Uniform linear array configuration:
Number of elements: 24
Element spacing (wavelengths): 0.5
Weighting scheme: hamming
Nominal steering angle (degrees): -45
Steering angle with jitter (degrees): -43.829
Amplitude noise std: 0.05
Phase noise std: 0.05

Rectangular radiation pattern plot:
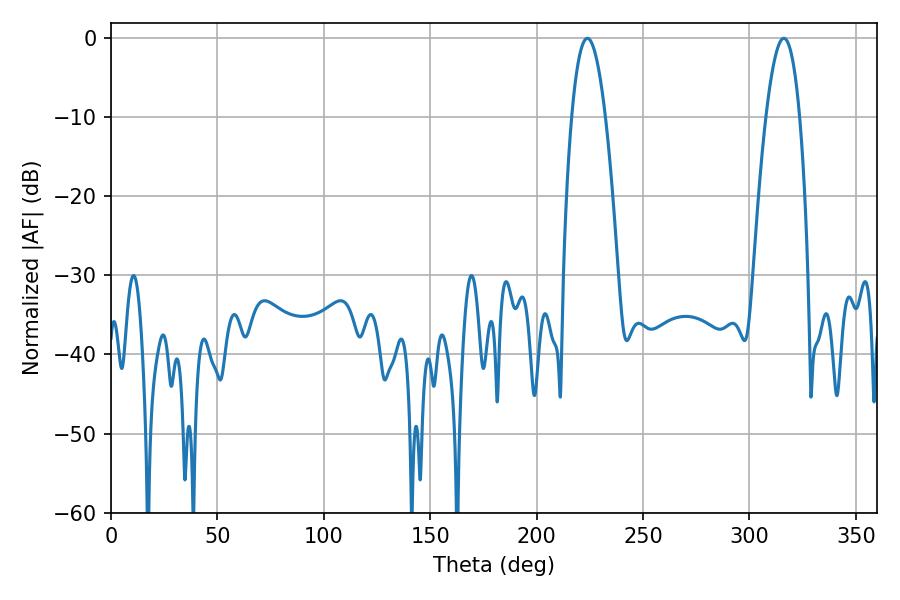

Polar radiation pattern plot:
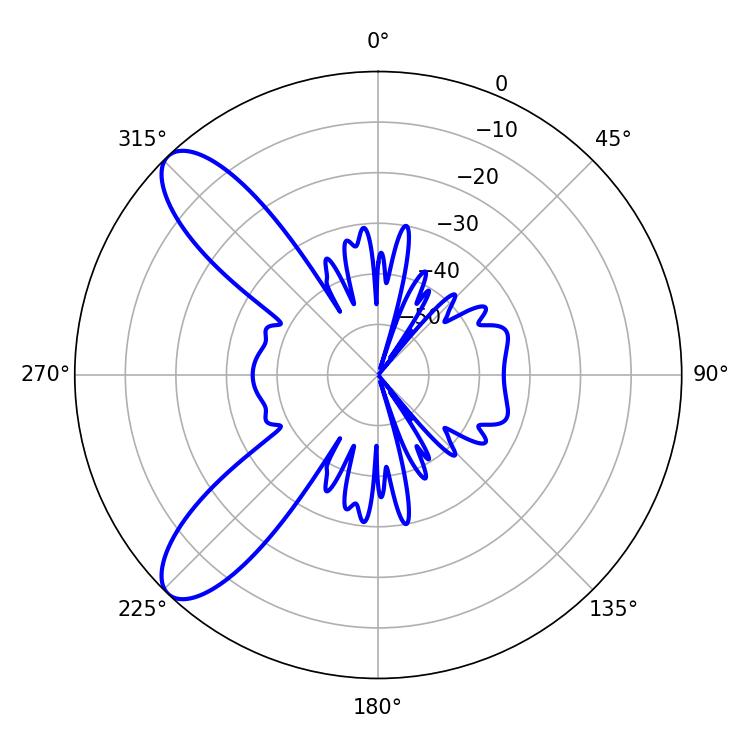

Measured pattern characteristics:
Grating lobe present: FALSE
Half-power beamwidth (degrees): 8.82
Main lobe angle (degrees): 223.92